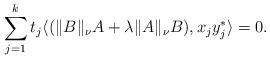
LaTeX: \begin{align*}\sum_{j=1}^k t_{j}\langle (\| B\|_{\nu}A + \lambda \| A\|_{\nu}B), x_{j}y_{j}^* \rangle = 0.\end{align*}